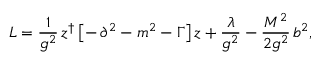
{ \cal L } = \frac { 1 } { g ^ { 2 } } \, z ^ { \dagger } \left[ - \, \partial ^ { 2 } - m ^ { 2 } - \Gamma \right] z + \frac { \lambda } { g ^ { 2 } } - \frac { M ^ { 2 } } { 2 g ^ { 2 } } \, b ^ { 2 } ,